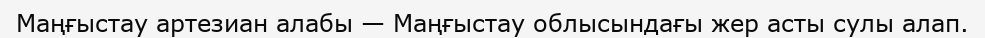
Маңғыстау артезиан алабы — Маңғыстау облысындағы жер асты сулы алап.